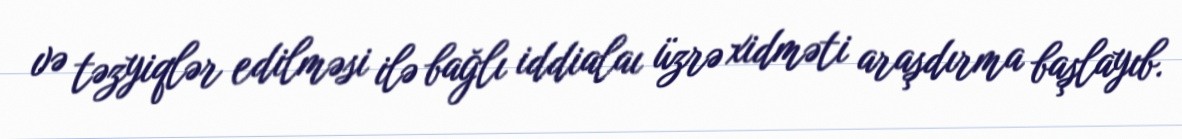
və təzyiqlər edilməsi ilə bağlı iddialaı üzrə xidməti araşdırma başlayıb.